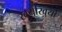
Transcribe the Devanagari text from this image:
खर्याखुर्या